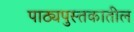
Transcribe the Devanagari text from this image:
पाठ्यपुस्तकातील